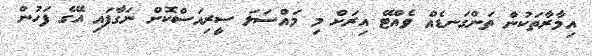
އިމާރާތަކުން ތަންގަނޑެއް ވެއްޓޭ އިރަށް މި މައްސަލަ ސީރިއަސްކޮށް ނަގާފައި އޭގެ ފަހުން